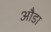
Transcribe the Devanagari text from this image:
औडा